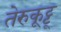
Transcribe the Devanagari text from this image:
तेरुकूट्टू